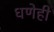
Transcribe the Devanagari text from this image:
धणेही